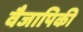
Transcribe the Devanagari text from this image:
वैजापिकी